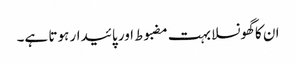
ان کا گھونسلا بہت مضبوط اور پائیدار ہوتا ہے۔